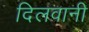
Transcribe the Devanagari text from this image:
दिलवानी